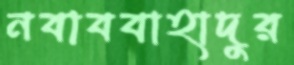
নবাববাহাদুর